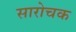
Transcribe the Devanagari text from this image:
सारोचक